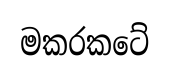
මකරකටේ